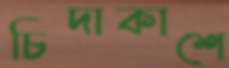
চিদাকাশে